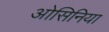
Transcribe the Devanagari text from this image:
ओसिनिया